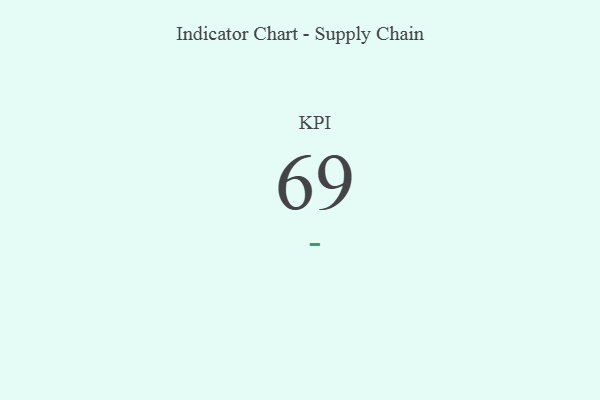
{"axis": {"x": "KPI", "y": "Value"}, "legend": [""], "data": [{"x": "KPI", "y": 69, "type": ""}]}